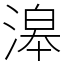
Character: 滜